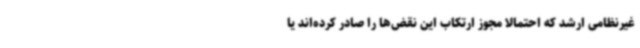
غیرنظامی ارشد که احتمالا مجوز ارتکاب این نقض‌ها را صادر کرده‌اند یا